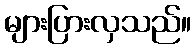
များပြားလှသည်။